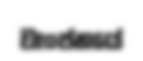
වෑංජනයේ